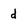
Character: d